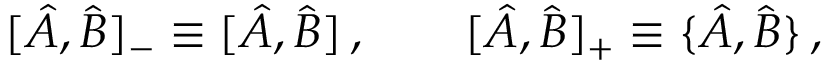
[ \hat { A } , \hat { B } ] _ { - } \equiv [ \hat { A } , \hat { B } ] \, , \qquad [ \hat { A } , \hat { B } ] _ { + } \equiv \{ \hat { A } , \hat { B } \} \, ,